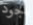
جود